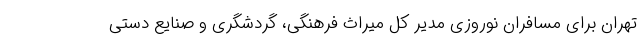
تهران برای مسافران نوروزی مدیر کل میراث فرهنگی، گردشگری و صنایع دستی